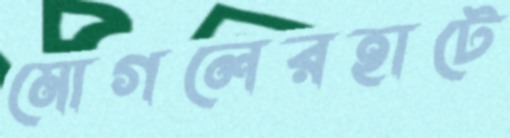
মোগলেরহাটে